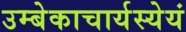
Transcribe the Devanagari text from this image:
उम्बेकाचार्यस्येयं